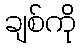
ချစ်ကို